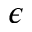
\epsilon